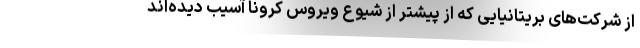
از شرکت‌های بریتانیایی که از پیشتر از شیوع ویروس کرونا آسیب دیده‌اند